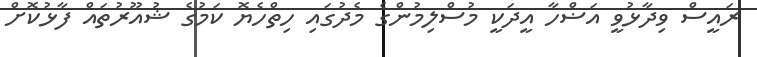
ރައީސް ވިދާޅުވީ އަޟްހާ އީދަކީ މުސްލިމުންގެ މެދުގައި ހިތްހެޔޮ ކަމުގެ ޝުއޫރުތައް ފާޅުކޮށް